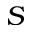
S